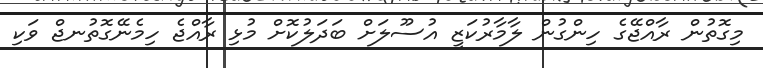
މިގޮތުން ރާއްޖޭގެ ހިންގުން ލާމާރުކަޒީ އުސޫލަށް ބަދަލުކޮށް މުޅި ރާއްޖެ ހިމެނޭގޮތުނޖް ވަކި